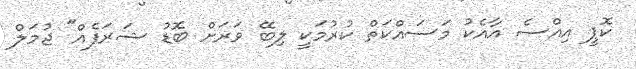
ކޮޕީ އިއްސެ އާއެކު މަސައްކަތް ކުރުމަކީ ލިބޭ ވަރަށް ބޮޑު ޝަރަފެއް" ޖުމަލް